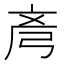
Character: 𫸲